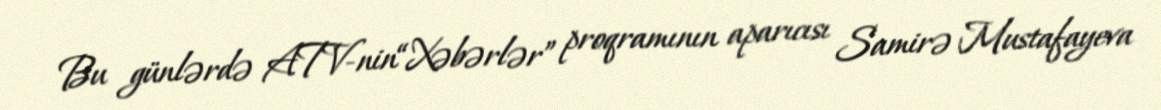
Bu günlərdə ATV-nin“Xəbərlər” proqramının aparıcısı Samirə Mustafayeva